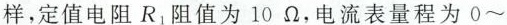
样，定值电阻R_{1} 阻值为10Ω，电流表量程为0~